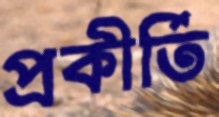
প্রকীর্তি